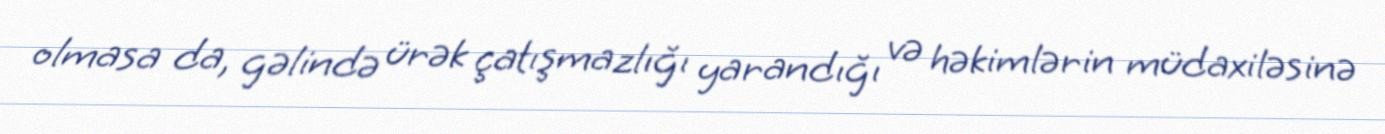
olmasa da, gəlində ürək çatışmazlığı yarandığı və həkimlərin müdaxiləsinə